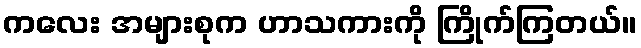
ကလေး အများစုက ဟာသကားကို ကြိုက်ကြတယ်။